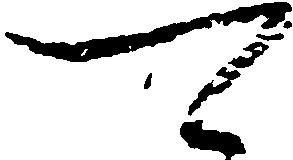
可